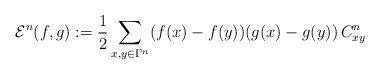
LaTeX: \begin{align*}\mathcal E^n(f,g):=\frac{1}{2}\sum_{x,y\in \Gamma^n}(f(x)-f(y))(g(x)-g(y))\, C^n_{xy} \qquad\end{align*}